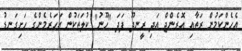
އެހެންކަމުން ރަތާއި އޮރެންޖް އަދި ރީނދޫ ފަދަ "ހޫނު" ކުލަތަކުން އަހަރެމެންގެ ހަށިގަނޑު